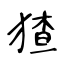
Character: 猹